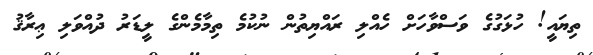
ތިޔައީ! ހުޅަގުގެ ވަސްވާހަށް ހެއްލި ރައްޔިތުން ނުކުމެ ތިމާމެންގެ ލީޑަރު ދުއްވަލި ޢިރާޤު